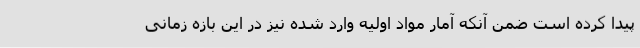
پیدا کرده است ضمن آنکه آمار مواد اولیه وارد شده نیز در این بازه زمانی